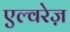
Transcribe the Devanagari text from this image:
एल्वरेज़